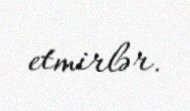
etmirlər.